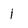
Character: 1